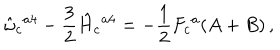
LaTeX: \hat { \omega } _ { c } { } ^ { a 4 } - \frac { 3 } { 2 } \hat { H } _ { c } { } ^ { a 4 } = - \frac { 1 } { 2 } F _ { c } { } ^ { a } ( A + B ) \, ,